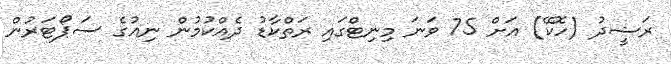
ރަޝީދު (ހޮކޭ) އަށް 75 ވަނަ މިނިޓްގައި ރަތްކާޑު ދެއްކުމުން ނިއުގެ ސަޕޯޓަރުން